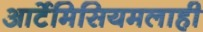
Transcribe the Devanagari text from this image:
आर्टेमिसियमलाही